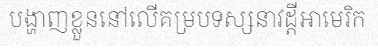
បង្ហាញខ្លួននៅលើគម្របទស្សនាវដ្តីអាមេរិក